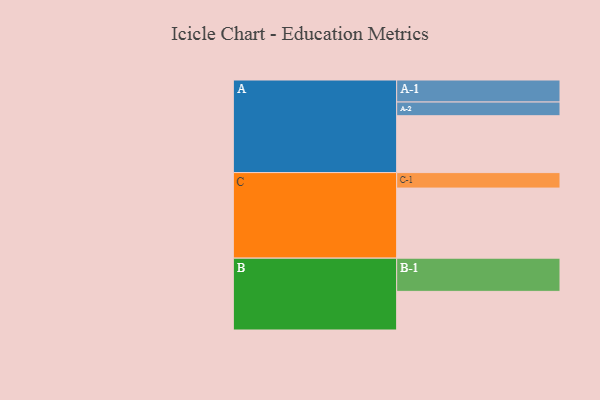
{"axis": {"x": "Segment", "y": "Value"}, "legend": ["", "A", "B", "C"], "data": [{"x": "A", "y": 452, "type": ""}, {"x": "B", "y": 307, "type": ""}, {"x": "C", "y": 557, "type": ""}, {"x": "A-1", "y": 175, "type": "A"}, {"x": "A-2", "y": 109, "type": "A"}, {"x": "B-1", "y": 264, "type": "B"}, {"x": "C-1", "y": 123, "type": "C"}]}